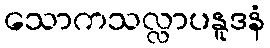
သောကသလ္လာပနူဒနံ